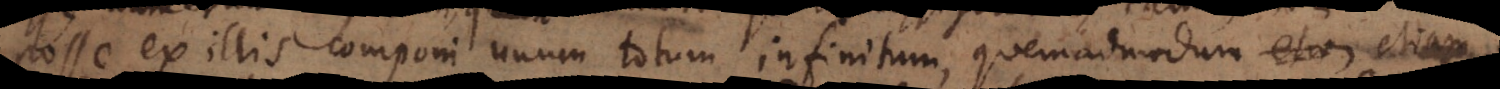
posse ex illis componi unum totum infinitum, quemadmodum